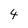
Character: 4